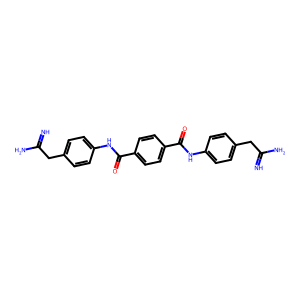
SMILES: N=C(N)Cc1ccc(NC(=O)c2ccc(C(=O)Nc3ccc(CC(=N)N)cc3)cc2)cc1
Inhibits HIV replication: No